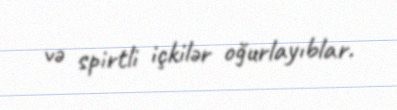
və spirtli içkilər oğurlayıblar.